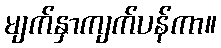
မျက်နှာကျက်ပန်ကာ။